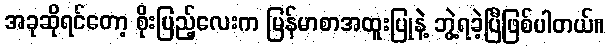
အခုဆိုရင်တော့ စိုးပြည့်လေးက မြန်မာစာအထူးပြုနဲ့ ဘွဲ့ရခဲ့ပြီဖြစ်ပါတယ်။